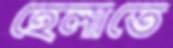
হেলাতে